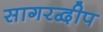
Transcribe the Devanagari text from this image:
सागरद्वीप